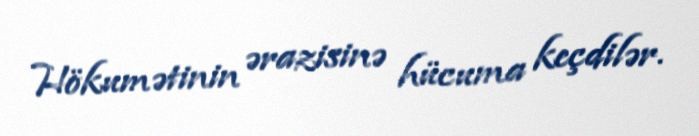
Hökumətinin ərazisinə hücuma keçdilər.